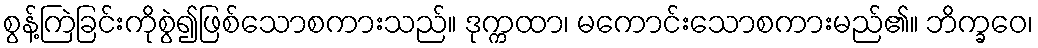
စွန့်ကြဲခြင်းကိုစွဲ၍ဖြစ်သောစကားသည်။ ဒုက္ကထာ၊ မကောင်းသောစကားမည်၏။ ဘိက္ခဝေ၊